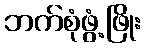
ဘက်စုံဖွံ့ဖြိုး